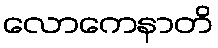
လောကေနာတိ